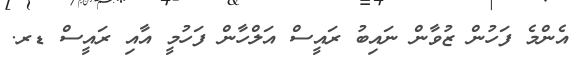
އެންމެ ފަހުން ޒުވާން ނައިބު ރައީސް އަލްހާން ފަހުމީ އާއި ރައީސް ޑރ.